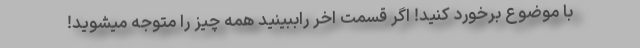
با موضوع برخورد کنید! اگر قسمت اخر راببینید همه چیز را متوجه میشوید!